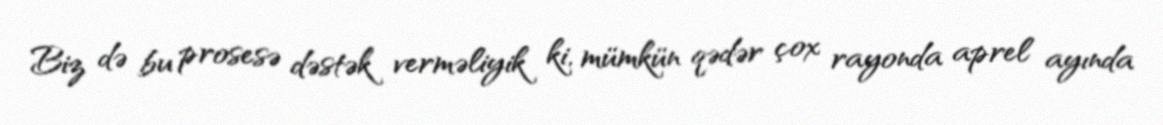
Biz də bu prosesə dəstək verməliyik ki, mümkün qədər çox rayonda aprel ayında